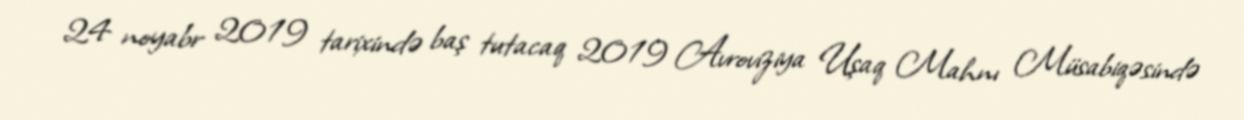
24 noyabr 2019 tarixində baş tutacaq 2019 Avroviziya Uşaq Mahnı Müsabiqəsində